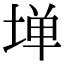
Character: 𫮃